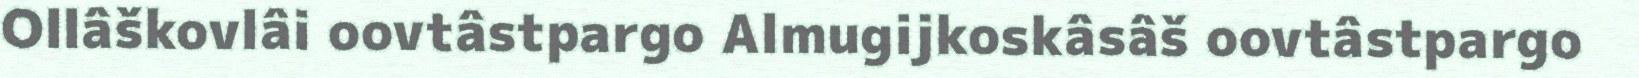
Ollâškovlâi oovtâstpargo Almugijkoskâsâš oovtâstpargo